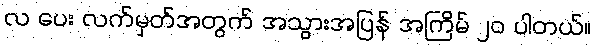
လ ပေး လက်မှတ်အတွက် အသွားအပြန် အကြိမ် ၂၀ ပါတယ်။